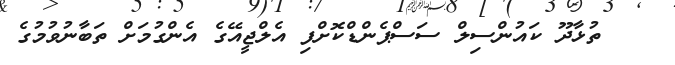
ތުޅާދޫ ކައުންސިލް ސަސްޕެންޑްކޮށްފި އެލްޖީއޭގެ އެންގުމަށް ތަބާނުވުމުގެ